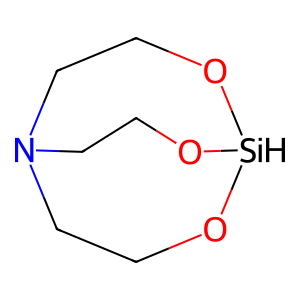
SMILES: C1CN2CCO[SiH](O1)OCC2
Inhibits HIV replication: No